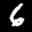
Label: 6